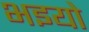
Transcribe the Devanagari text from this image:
भइयो